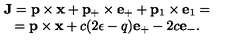
\begin{array} { c } { { \bf J } = { \bf p } \times { \bf x } + { \bf p } _ { + } \times { \bf e } _ { + } + { \bf p } _ { 1 } \times { \bf e } _ { 1 } = } \\ { = { \bf p } \times { \bf x } + c ( 2 \epsilon - q ) { \bf e } _ { + } - 2 c { \bf e } _ { - } . } \\ \end{array}